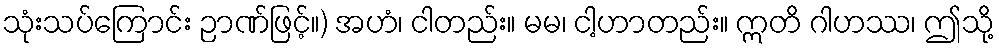
သုံးသပ်ကြောင်း ဉာဏ်ဖြင့်။) အဟံ၊ ငါတည်း။ မမ၊ ငါ့ဟာတည်း။ ဣတိ ဂါဟဿ၊ ဤသို့